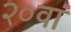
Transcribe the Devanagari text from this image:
२०वां